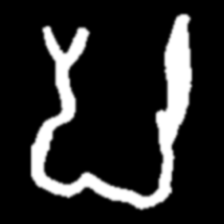
Pyu character \u2014 Myanmar letter: ပ (romanized: pa)